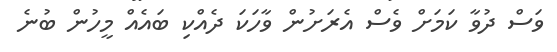
ވަސް ދުވާ ކަމަށް ވެސް އެރަށުން ވާހަކަ ދެއްކި ބައެއް މީހުން ބުނެ